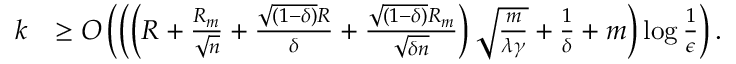
\begin{array} { r l } { k } & { \geq { \cal O } \left( \left( \left( R + \frac { R _ { m } } { \sqrt { n } } + \frac { \sqrt { ( 1 - \delta ) } { R } } { \delta } + \frac { \sqrt { ( 1 - \delta ) } R _ { m } } { \sqrt { \delta n } } \right) \sqrt { \frac { m } { \lambda \gamma } } + \frac { 1 } { \delta } + m \right) \log \frac { 1 } { \epsilon } \right) . } \end{array}